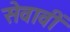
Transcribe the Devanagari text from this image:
सेवावीं